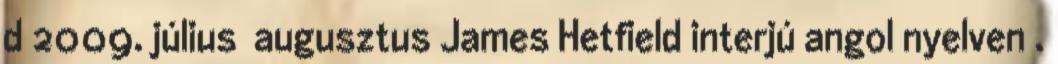
d 2009. július augusztus James Hetfield interjú angol nyelven .